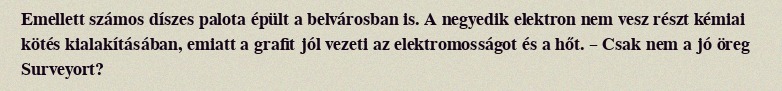
Emellett számos díszes palota épült a belvárosban is. A negyedik elektron nem vesz részt kémiai kötés kialakításában, emiatt a grafit jól vezeti az elektromosságot és a hőt. – Csak nem a jó öreg Surveyort?